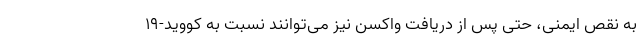
به نقص ایمنی، حتی پس از دریافت واکسن نیز می‌توانند نسبت به کووید-۱۹